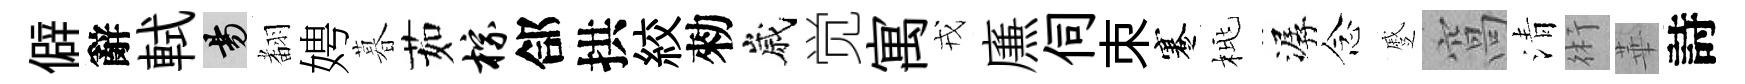
僻辭軾昜𮋒娉暮茹棕郃拱絞勑嵗觉寓戎㢘伺朿蹇桃潺念蹙窩清術華詩